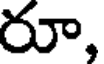
రూ,